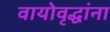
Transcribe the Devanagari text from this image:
वायोवृद्धांना